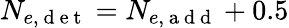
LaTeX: N_{e,\mathrm{~d~e~t~}}=N_{e,\mathrm{~a~d~d~}}+0.5